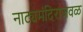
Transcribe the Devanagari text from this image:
नाट्यमंदिराजवळ